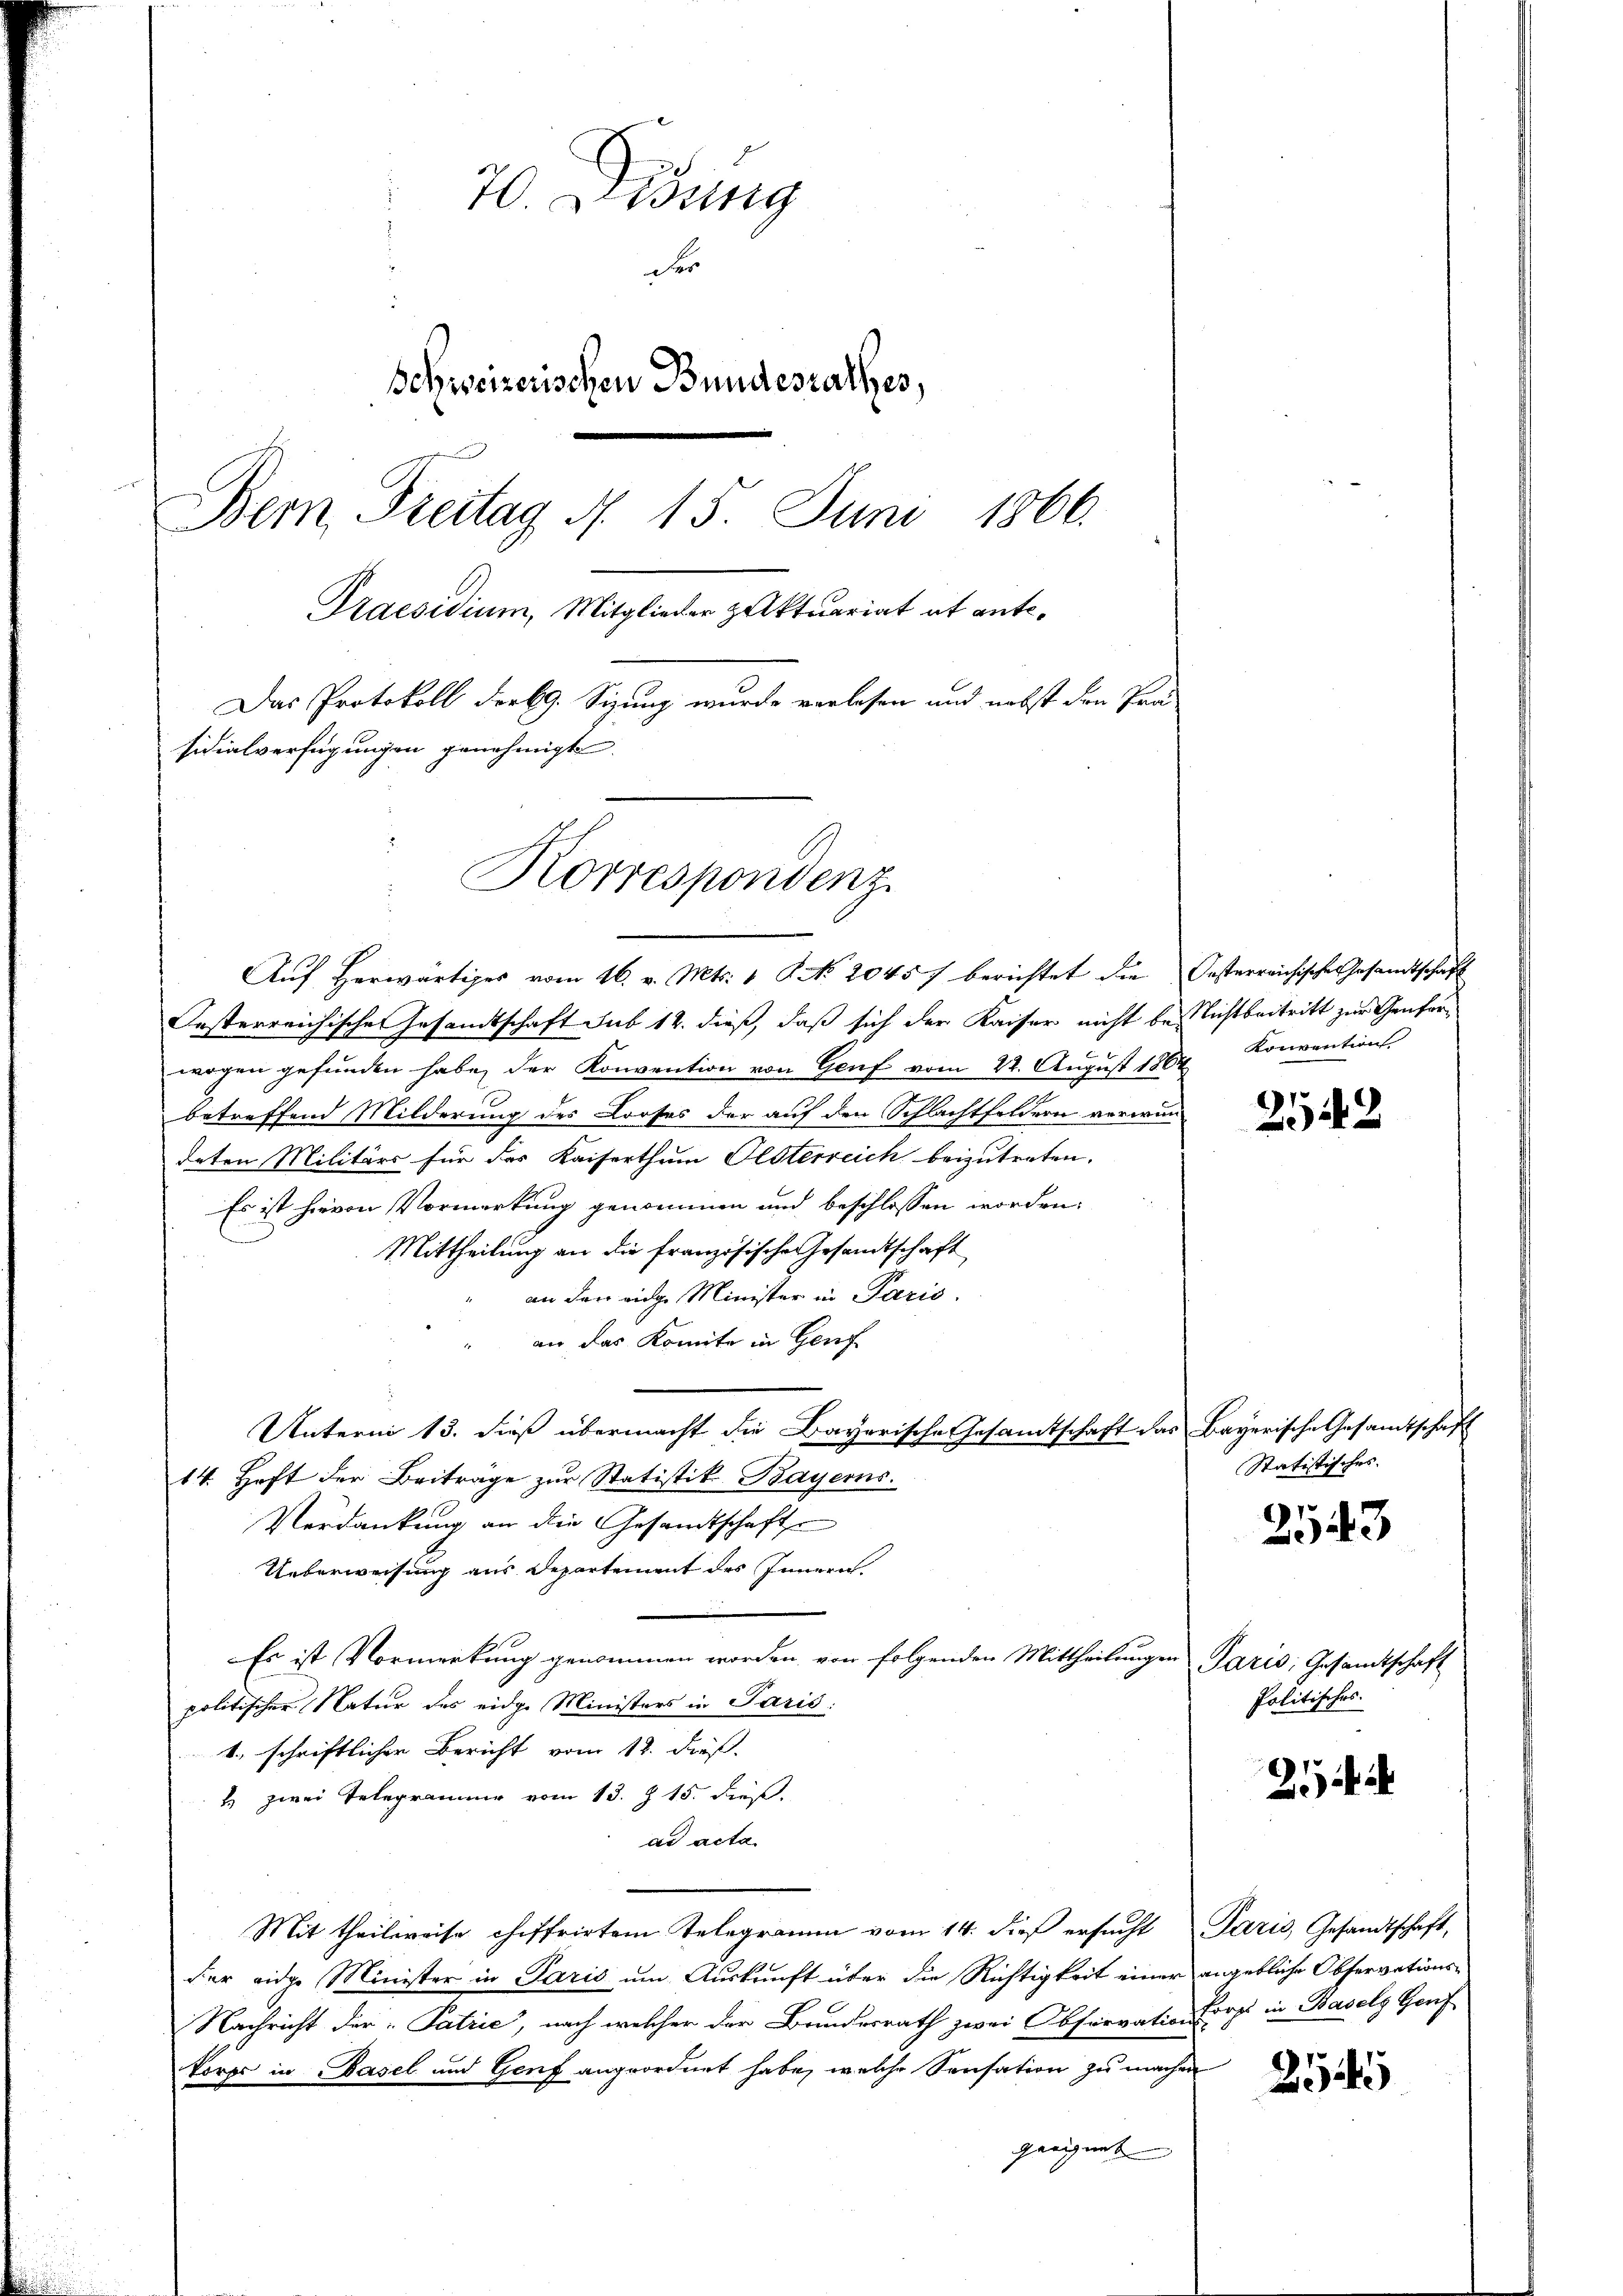
70. Didung
de
Schweizerischen Bundesrathes,
Bem Freitag d. 15. Juni 1866.
Praesidium, Mitglieder zuktuariat ab ant¬
Das Protokoll derbg. Sizung wurde verlesen und nebst den Prasidialverfügungen genehmigt.
Korrespondenz

Aŭf herwärtiges vom 16. v. Mts. 1 S. No. 20457 berichtet die Oesterreichische Gesamtschaft
Oesterreichische Gesandtschaft sub 12. dieß, daß sich der Kaiser nicht besichtbeitritt zur Genferwogen gefunden habe, der Konvention von Genf vom 22. August 1864 Konventions-
betreffend Milderung des Looses der auf den Schlachtfeldern verwindeten Militärs für das Kaiserthum Olsterreich beizutreten.
Es ist hievon Vormerkung genommen und beschlossen worden.
Mittheilung an die französische Gesandtschaft
an den eidge Minister in Paris.
an das Komite in Genf
Unterm 13. dieß übermacht die Bayerische Gesamtschaft das Bayerische Gesamtschaft
14. Heft der Beitrage zŭr Statistik Bayerns.
Verdankung an die Gesandtschafte
Ueberweisung aus Departement des Innern.
Es ist Vormerkung genommen worden, von folgenden Mittheilungen Paris; Gesandtschaft
politischer Natur des eidge Ministers in Paris
4., schriftlicher Bericht vom 12. dieß.
 zwei Telegramme vom 13. Z. 15. dieß.
ad acta
Mit theilweise chiffrirtem Telegramm vom 14. dieß ersucht Paris, Gesandtschaft,
der eidge Minister in Paris um Auskunft über die Richtigkeit einer angebliche Observations¬
Nachricht der Patrie, nach welcher der Brundesrath zwei Observation Corp in Basels Genf
Vorps in Basel und Genf angeordnet habe, welche Sensation zu machen
geeignet

2542

Statistisches.

2543

Politisches.

2

2